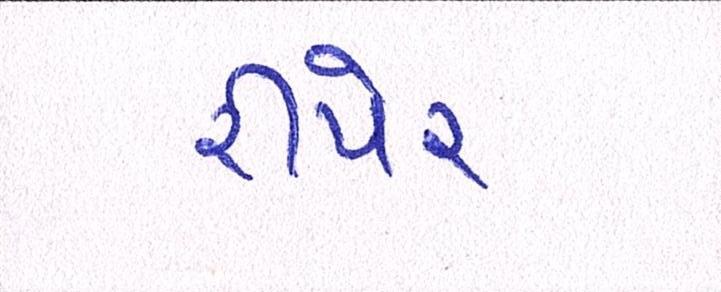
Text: રીપેર